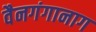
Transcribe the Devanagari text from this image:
वैनगंगानाग